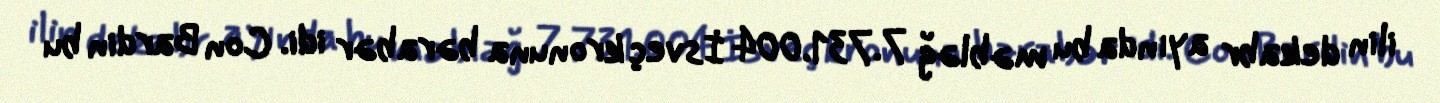
ilin dekabr ayında bu məbləğ 7.731.004 İsveç kronuna bərabər idi. Con Bardin bu